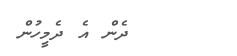
ދެން އެ ދެމީހުން